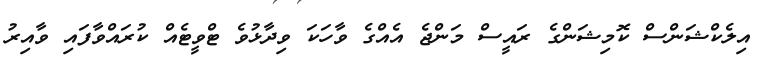
އިލެކްޝަންސް ކޮމިޝަންގެ ރައީސް މަންޖެ އެއްގެ ވާހަކަ ވިދާޅުވެ ޓްވީޓެއް ކުރައްވާފައި ވާއިރު